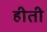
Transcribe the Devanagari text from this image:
हीती